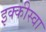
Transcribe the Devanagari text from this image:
इक्कीस्वा